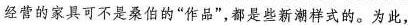
经营的家具可不是桑伯的”作品”，都是些新潮样式的。为此，